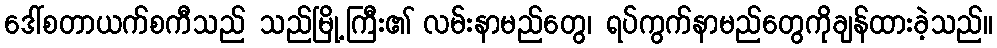
ဒေါ်စတာယက်စကီသည် သည်မြို့ကြီး၏ လမ်းနာမည်တွေ၊ ရပ်ကွက်နာမည်တွေကိုချန်ထားခဲ့သည်။